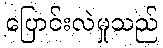
ပြောင်းလဲမှုသည်